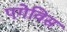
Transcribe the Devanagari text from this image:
एगेविस